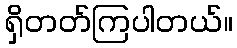
ရှိတတ်ကြပါတယ်။